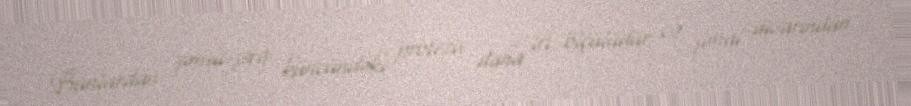
Bunlardan şimal-şərq küncündəki protezis daha iri ölçülüdür və şimal divarından